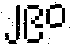
၂၉၀